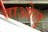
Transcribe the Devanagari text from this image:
ताओलु